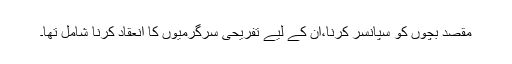
مقصد بچوں کو سپانسر کرنا،ان کے لیے تفریحی سرگرمیوں کا انعقاد کرنا شامل تھا۔